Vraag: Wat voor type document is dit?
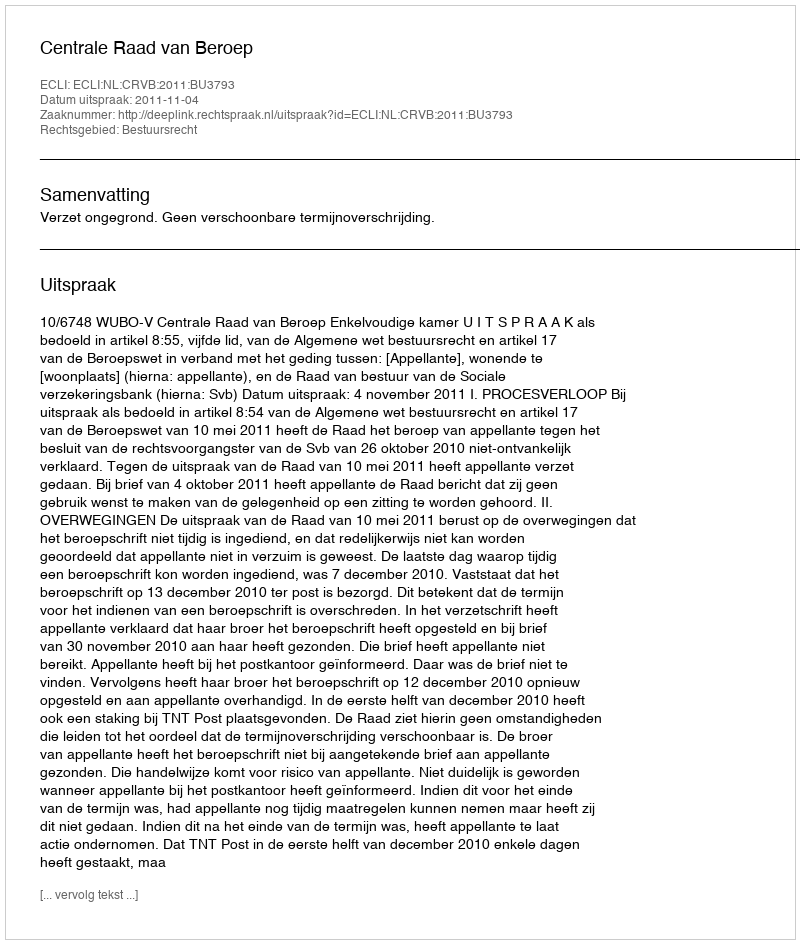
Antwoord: Uitspraak